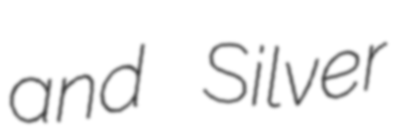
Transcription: and Silver